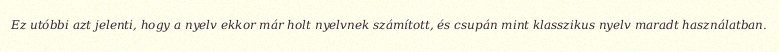
Ez utóbbi azt jelenti, hogy a nyelv ekkor már holt nyelvnek számított, és csupán mint klasszikus nyelv maradt használatban.